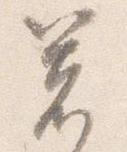
箸